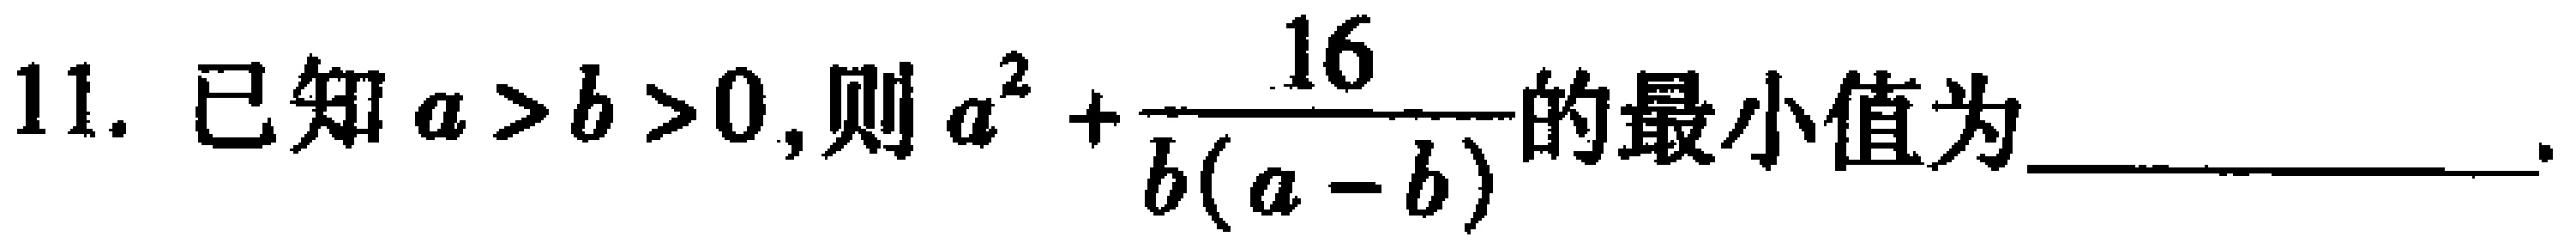
11. 已知\(a > b > 0\)，则\(a^{2}+\dfrac{16}{b(a - b)}\)的最小值为  。